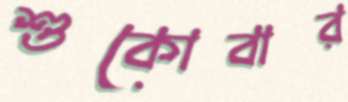
শুকোবার